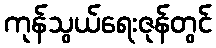
ကုန်သွယ်ရေးဇုန်တွင်